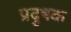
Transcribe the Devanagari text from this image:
प्रदुषक